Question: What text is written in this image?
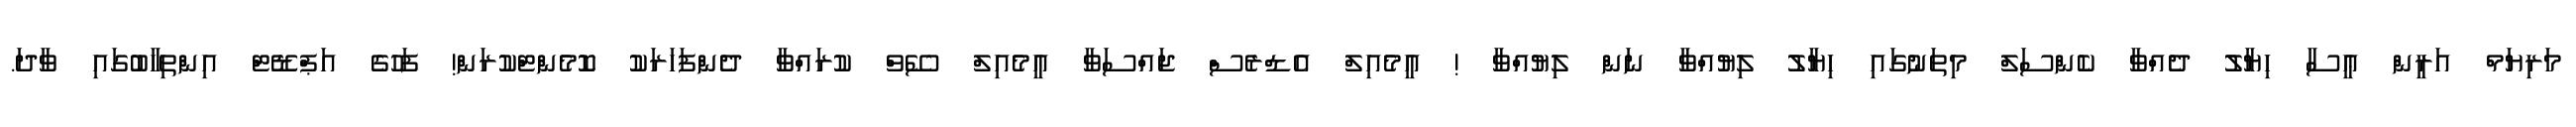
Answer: މަރިޔަމް އަރީން ޢީސާ ހިޔާލު ދެއްވާ ކެންސަލް މިތަނުގައި ހިޔާލު ލިޔުއްވާ ނަން ލިޔުއްވާ ! އީމެއިލް އެޑްރެސް ޖައްސަވާ އީމެއިލް ސޭވް ކުރައްވާ ދެންފަހަރަކު ކޮމެންޓްކުރަން! ފަހުގެ އަޕްޑޭޓް އިންތިހާބުގައި ވާދަ.